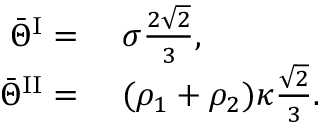
\begin{array} { r l } { \bar { \Theta } ^ { \mathrm { I } } = } & { { } ~ \sigma \frac { 2 \sqrt { 2 } } { 3 } , } \\ { \bar { \Theta } ^ { \mathrm { I I } } = } & { { } ~ ( \rho _ { 1 } + \rho _ { 2 } ) \kappa \frac { \sqrt { 2 } } { 3 } . } \end{array}